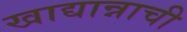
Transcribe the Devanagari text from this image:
खाद्यान्नाची